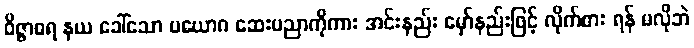
ဝိဇ္ဇာဓရ နယ ခေါ်သော ပယောဂ ဆေးပညာကိုကား အင်းနည်း မှော်နည်းဖြင့် လိုက်စား ရန် မလိုဘဲ